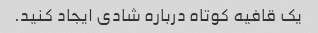
یک قافیه کوتاه درباره شادی ایجاد کنید.